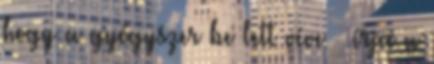
hogy a gyógyszer be lett véve – írja a